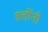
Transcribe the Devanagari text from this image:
हत्तींनी